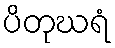
ပိတုဃရံ